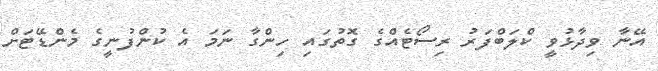
އޭނާ ވިދާޅުވީ ކްލަބްފަރު ރިސޯޓެއްގެ ގޮތުގައި ހިންގާ ނަމަ އެ ކުންފުނީގެ މެންޑޭޓަށް